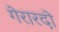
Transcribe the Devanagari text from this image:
गेरारदो